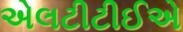
એલટીટીઈએ